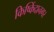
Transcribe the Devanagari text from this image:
किष्किंदानगर